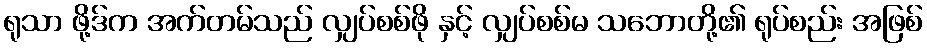
ရုသာ ဖို့ဒ်က အက်တမ်သည် လျှပ်စစ်ဖို နှင့် လျှပ်စစ်မ သဘောတို့၏ ရုပ်စည်း အဖြစ်